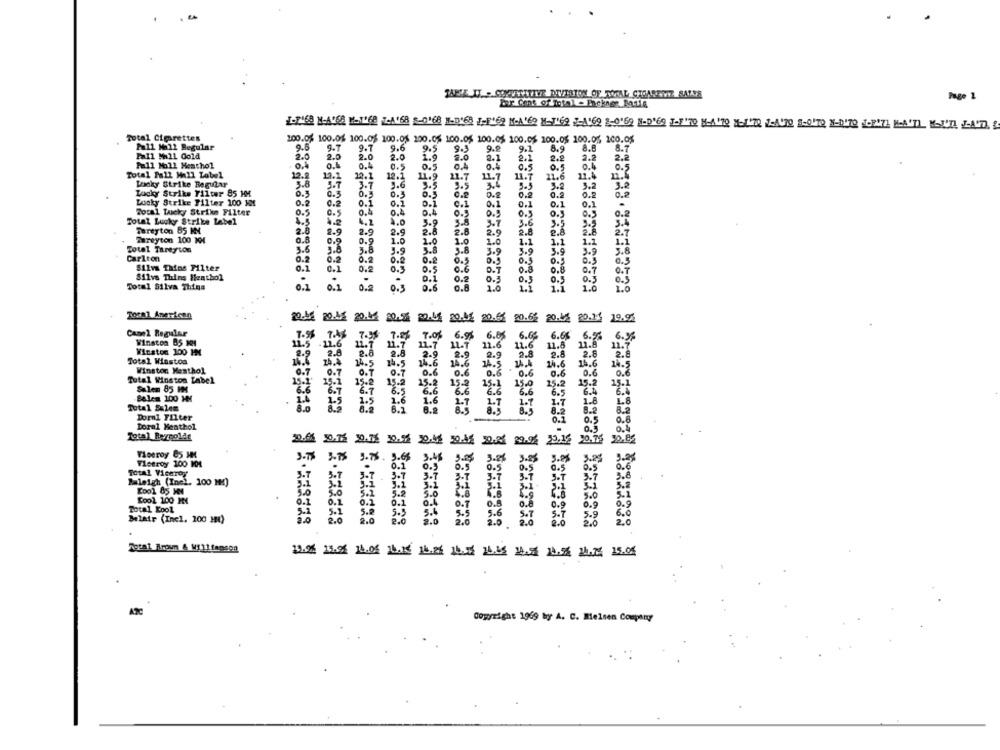
Page 1
Total Cigarettes
100.0% 100.0% 100.06 100.03 200.0% 100.05 100.05 100.05 100.05 100.05 100.0%
Pall Mall Regular
9.5
9.7
9.7
9.6
9.5
9.3
9.
9.1
8.9
8.7
Fall Mall Gold
2.0
2.0
2.0
2.0
1.9
2.0
2.
2.2
2.2
2.2
2.2
Pall Mall Heathol
0.4
0.5
0.4
0.4
0.5
0.5
0.5
Total Pall Mall Label
12.2
19.1
12.1
11.9
21.7
11.7
11.7
21.6
11.4
Lucky Strike Regular
3.8
3.7
3.7
9.6
5.5
3.2
3.2
Lucky Strike Filter 85 MM
0.3
0.5
0.3
0.3
0.2
0.2
0.2
Lucky Strike Tilter 100 KM
0.2
0.2
0.1
0.1
0.1
0.1
0.1
0.1
0.1
0.4
0.1
Total Lucky Strike Filter
0.5
0.4
0.4
0.5
0.5
0.5
0.2
Total Lucky Strike Label
4,2
1.0
3.9
5.8
3.7
3.6
3.5
2.5
3.4
Tereyton B5 MM
2.8
2.9
2.9
2.9
2.8
2.6
2.9
2.8
2.7
Tareyton 100 104
0.8
0.5
0.9
1.0
1.0
1.0
1.0
1.1
1.1
1.1
1.1
Totel Tareyion
3.6
3.6
3.8
3.9
3.8
3.8
3.9
3.9
3.9
3.9
3.8
Carlton
0.2
0.2
0.2
0.2
0.5
0.3
Silv Tains Filter
0.1
0.3
0.5
0.6
0.8
0.8
0.7
0.7
Silva Thing Menthol
0.1
0.2
0.3
0.1
0.5
0.
0.5
0.5
Total Silva Thins
0.
0 .3
0.6
0.6
1.0
1.1
1.1
1.0
1.0
Toral American
20.46 20.4.2 20.04. 20.56 20.45 20.42 20.62 20.65 20.44 20.14 19.9%
Canel Regular
7:38
7.3. 7.0. 6.95 6.05 6.06
6.66 6.6
6.99
Winston B5 301
11.5
-11.6
11.1 11.7
1:4
11-7 11.6
11.8
Winston 300 MM
2.6
11.6
Total Winstos
8.9
.2.8
2.8
2.8
24.A
14.5
14.6
14.6
15.6
14.6
14.5
Winston Menthol
0.7
0.7
0.7
0.7
0.6
0.6
0.6
0.6
Tutal Winston Label
0.6
Salen 85 HM
6.6
29.1
15 . 1
150
25.2
19.
Belem 100 HM
6.6
6.5
6.4
1.8
L8
Total Salem
8.2
Dorn1 Filter
Doral Menthol
Total Pergoldt
Viceroy 85 MM
3.55
3.2%
3.8
Vlotroy 100 MM
3. 78 . 3.65
3.M
3.%
Total Viceroy
0.1
O . S
0.5
0.5
6.5
3.7
3.8
Raleigh (Incl. 100 M!)
Kool 85 M
4.9
5.0
Cool 100 MN
0.1
Total Kool
0.8
0.9
5.0 5.5
6.0
Belair (Incl. 200 MI)
2.0
2.0
2.0
3:8
20
Total Aroun & Williamsog
AC
Copyright 1969 by A. C. Melsen Coupany